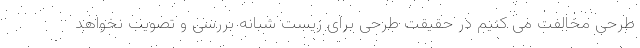
طرحی مخالفت می کنیم در حقیقت طرحی برای زیست شبانه بررسی و تصویب نخواهد